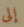
إلى